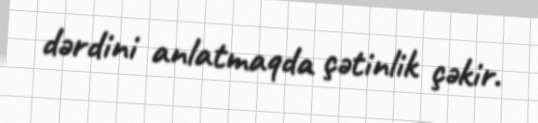
dərdini anlatmaqda çətinlik çəkir.